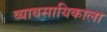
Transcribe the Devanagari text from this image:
व्यावसायिकाला